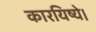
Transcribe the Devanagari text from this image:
कारयिष्ये।